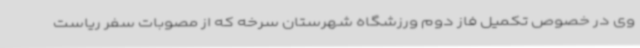
وی در خصوص تکمیل فاز دوم ورزشگاه شهرستان سرخه که از مصوبات سفر ریاست